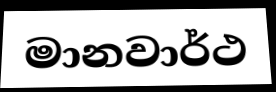
මානවාර්ථ